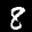
Label: 8